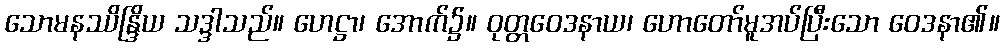
သောမနဿိန္ဒြိယ သဒ္ဒါသည်။ ဟေဋ္ဌာ၊ အောက်၌။ ဝုတ္တဝေဒနာယ၊ ဟောတော်မူအပ်ပြီးသော ဝေဒနာ၏။